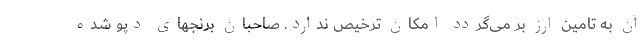
آن به تامین ارز بر می‌گردد امکان ترخیص ندارد. صاحبان برنجهای دپو شده